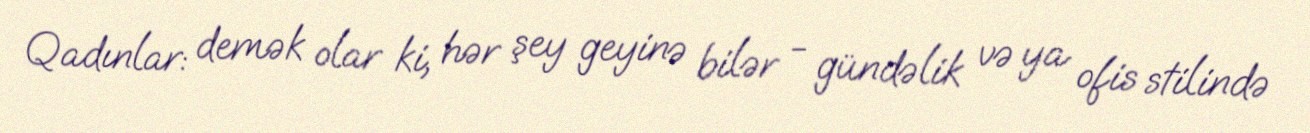
Qadınlar: demək olar ki, hər şey geyinə bilər - gündəlik və ya ofis stilində